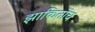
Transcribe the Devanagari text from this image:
झाकितोंच